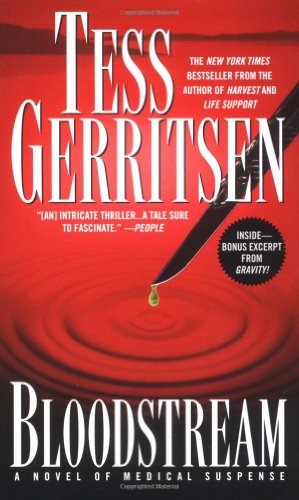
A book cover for Bloodstream; Tess Gerritsen; Literature & Fiction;